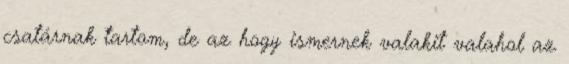
csatárnak tartom, de az hogy ismernek valakit valahol az